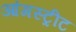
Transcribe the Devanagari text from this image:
आंगस्ट्रीट